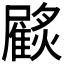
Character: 𩀲